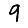
Digit: 9